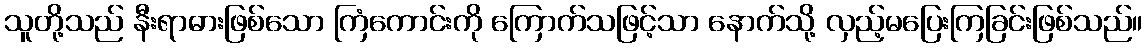
သူတို့သည် နီးရာဓားဖြစ်သော ကြံကောင်းကို ကြောက်သဖြင့်သာ နောက်သို့ လှည့်မပြေးကြခြင်းဖြစ်သည်။